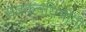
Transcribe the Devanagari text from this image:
संतकवयित्रींनी